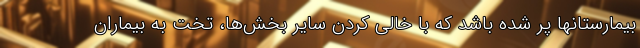
بیمارستانها پر شده باشد که با خالی کردن سایر بخش‌ها، تخت به بیماران